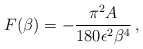
\begin{align*}{}F(\beta)=-{\pi^2 A\over 180\epsilon^2\beta^4}\,,\end{align*}